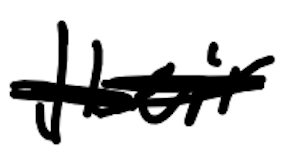
Text: their
Cross-out: scratch
Writing tool: digital_black